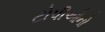
ટોપીઓનો